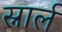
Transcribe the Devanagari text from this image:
स्नार्ल